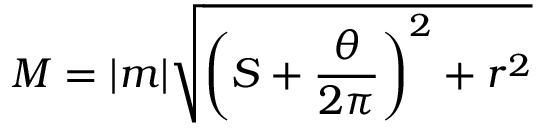
M = | m | \sqrt { \left( S + \frac { \theta } { 2 \pi } \right) ^ { 2 } + r ^ { 2 } }